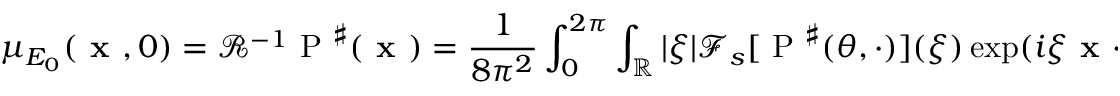
\mu _ { E _ { 0 } } ( \textbf { x } , 0 ) = { \mathcal R } ^ { - 1 } \mathrm { ~ P ~ } ^ { \sharp } ( \textbf { x } ) = \frac { 1 } { 8 \pi ^ { 2 } } \int _ { 0 } ^ { 2 \pi } \int _ { \mathbb { R } } | \xi | \mathscr F _ { s } [ \mathrm { ~ P ~ } ^ { \sharp } ( \theta , \cdot ) ] ( \xi ) \exp ( i \xi \textbf { x } \cdot \Theta _ { \theta } ) d \xi d \theta ,